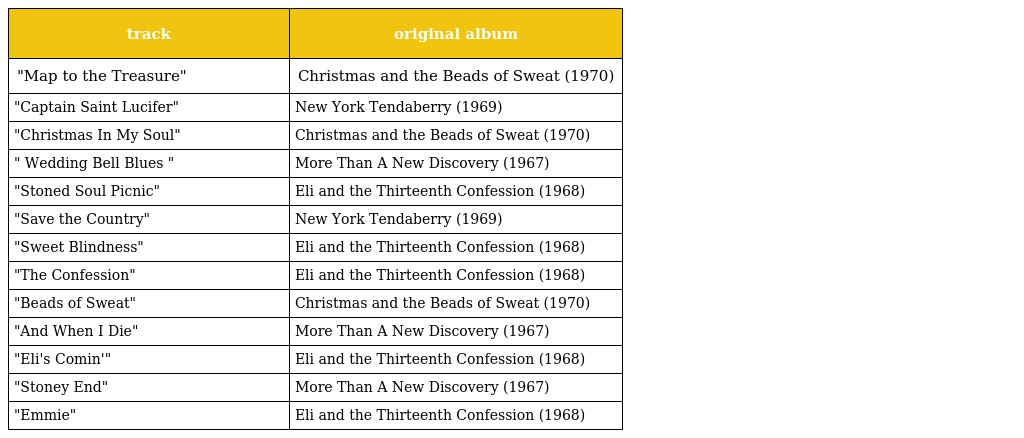
| track | original album |
 | --- | --- |
 | "Map to the Treasure" | Christmas and the Beads of Sweat (1970) |
 | "Captain Saint Lucifer" | New York Tendaberry (1969) |
 | "Christmas In My Soul" | Christmas and the Beads of Sweat (1970) |
 | " Wedding Bell Blues " | More Than A New Discovery (1967) |
 | "Stoned Soul Picnic" | Eli and the Thirteenth Confession (1968) |
 | "Save the Country" | New York Tendaberry (1969) |
 | "Sweet Blindness" | Eli and the Thirteenth Confession (1968) |
 | "The Confession" | Eli and the Thirteenth Confession (1968) |
 | "Beads of Sweat" | Christmas and the Beads of Sweat (1970) |
 | "And When I Die" | More Than A New Discovery (1967) |
 | "Eli's Comin'" | Eli and the Thirteenth Confession (1968) |
 | "Stoney End" | More Than A New Discovery (1967) |
 | "Emmie" | Eli and the Thirteenth Confession (1968) |